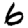
Digit: 6